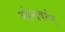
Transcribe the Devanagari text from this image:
महेन्द्रवर्मन्